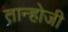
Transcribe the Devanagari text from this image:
तान्होजी